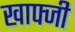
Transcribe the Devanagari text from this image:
खाफ्जी